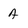
Character: a